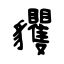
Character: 貜